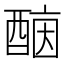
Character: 𨡤